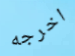
اخرجه